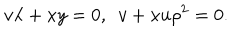
LaTeX: v \lambda + x y = 0 , ~ ~ v + x u \rho ^ { 2 } = 0 .